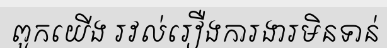
ពួកយើង រវល់រឿងការងារមិនទាន់